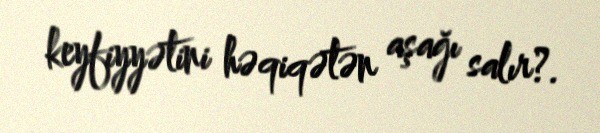
keyfiyyətini həqiqətən aşağı salır?.